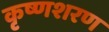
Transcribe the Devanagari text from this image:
कृष्णशरण